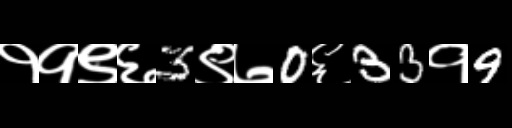
Text: ११९६3९७0६33१9